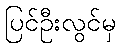
ပြင်ဦးလွင်မှ